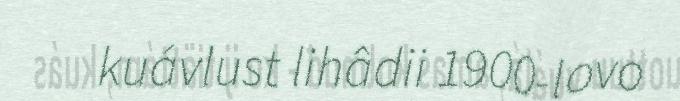
kuávlust lihâdii 1900-lovo